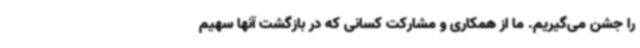
را جشن می‌گیریم. ما از همکاری و مشارکت کسانی که در بازگشت آنها سهیم